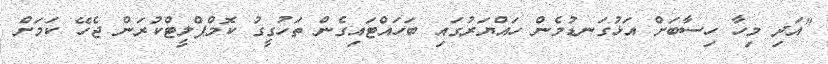
"އަދި މިހާ ހިސާބަށް އަޅުގަނޑުމެން ހައްޔަރުގައި ބަހައްޓައިގެން ތަހުގީގު ކޮމްޕްލީޓްކުރަން ޖެހޭ ކަމަށް